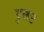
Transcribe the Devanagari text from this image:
डुमर